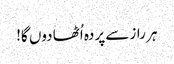
ہر راز سے پردہ اُٹھا دوں گا!